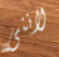
لاننى